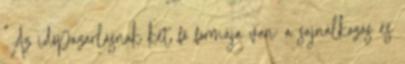
"Az időpazarlásnak két fő formája van: a sajnálkozás és